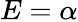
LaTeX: E=\alpha